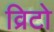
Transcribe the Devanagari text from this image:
व्रिटो